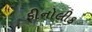
ફીનોલીક